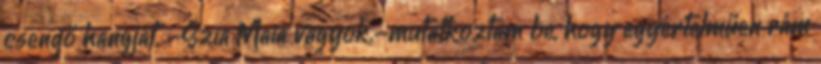
csengő hangját. -Szia Maia vagyok.-mutatkoztam be, hogy egyértelműen rám